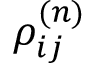
\rho _ { i j } ^ { ( n ) }